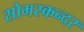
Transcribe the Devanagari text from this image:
सोमस्कन्दर